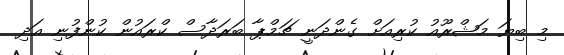
މި ބިޔަ މަޝްރޫއު ކުރިއަށް ގެންދަނީ ޗަމްޕާ ބަރަދާސް ކްރައުން ކުންފުނި އަދި